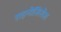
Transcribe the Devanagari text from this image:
राइनोसिरोस